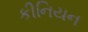
કીનિયન